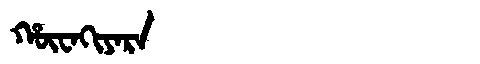
Manchu: ᡥᡡᠸᠠᡴᡳᠶᠠᡵᠠ
Romanization: HŪWAKIYARA